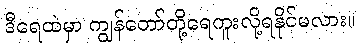
ဒီရေထဲမှာ ကျွန်တော်တို့ရေကူးလို့ရနိုင်မလား။